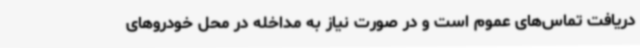
دریافت تماس‌های عموم است و در صورت نیاز به مداخله در محل خودروهای